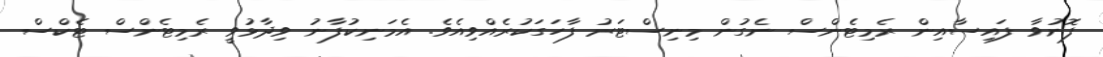
ފޮނުވާ ފައިސާއިން ރެމިޓެންސް ނެގުން މިނިސްޓަރު ފާހަގަކުރެއްވިއެވެ. އެމަނިކުފާނު ވިދާޅުވީ ރެމިޓެންސް ޓެކްސް